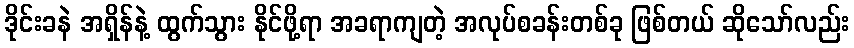
ဒိုင်းခနဲ အရှိန်နဲ့ ထွက်သွား နိုင်ဖို့ရာ အခရာကျတဲ့ အလုပ်စခန်းတစ်ခု ဖြစ်တယ် ဆိုသော်လည်း